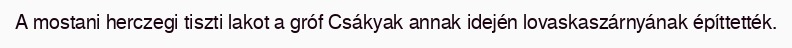
A mostani herczegi tiszti lakot a gróf Csákyak annak idején lovaskaszárnyának építtették.